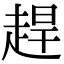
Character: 趕